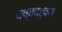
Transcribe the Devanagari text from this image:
वष्वदर्षण